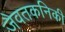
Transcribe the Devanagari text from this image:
जैवतकनिकी